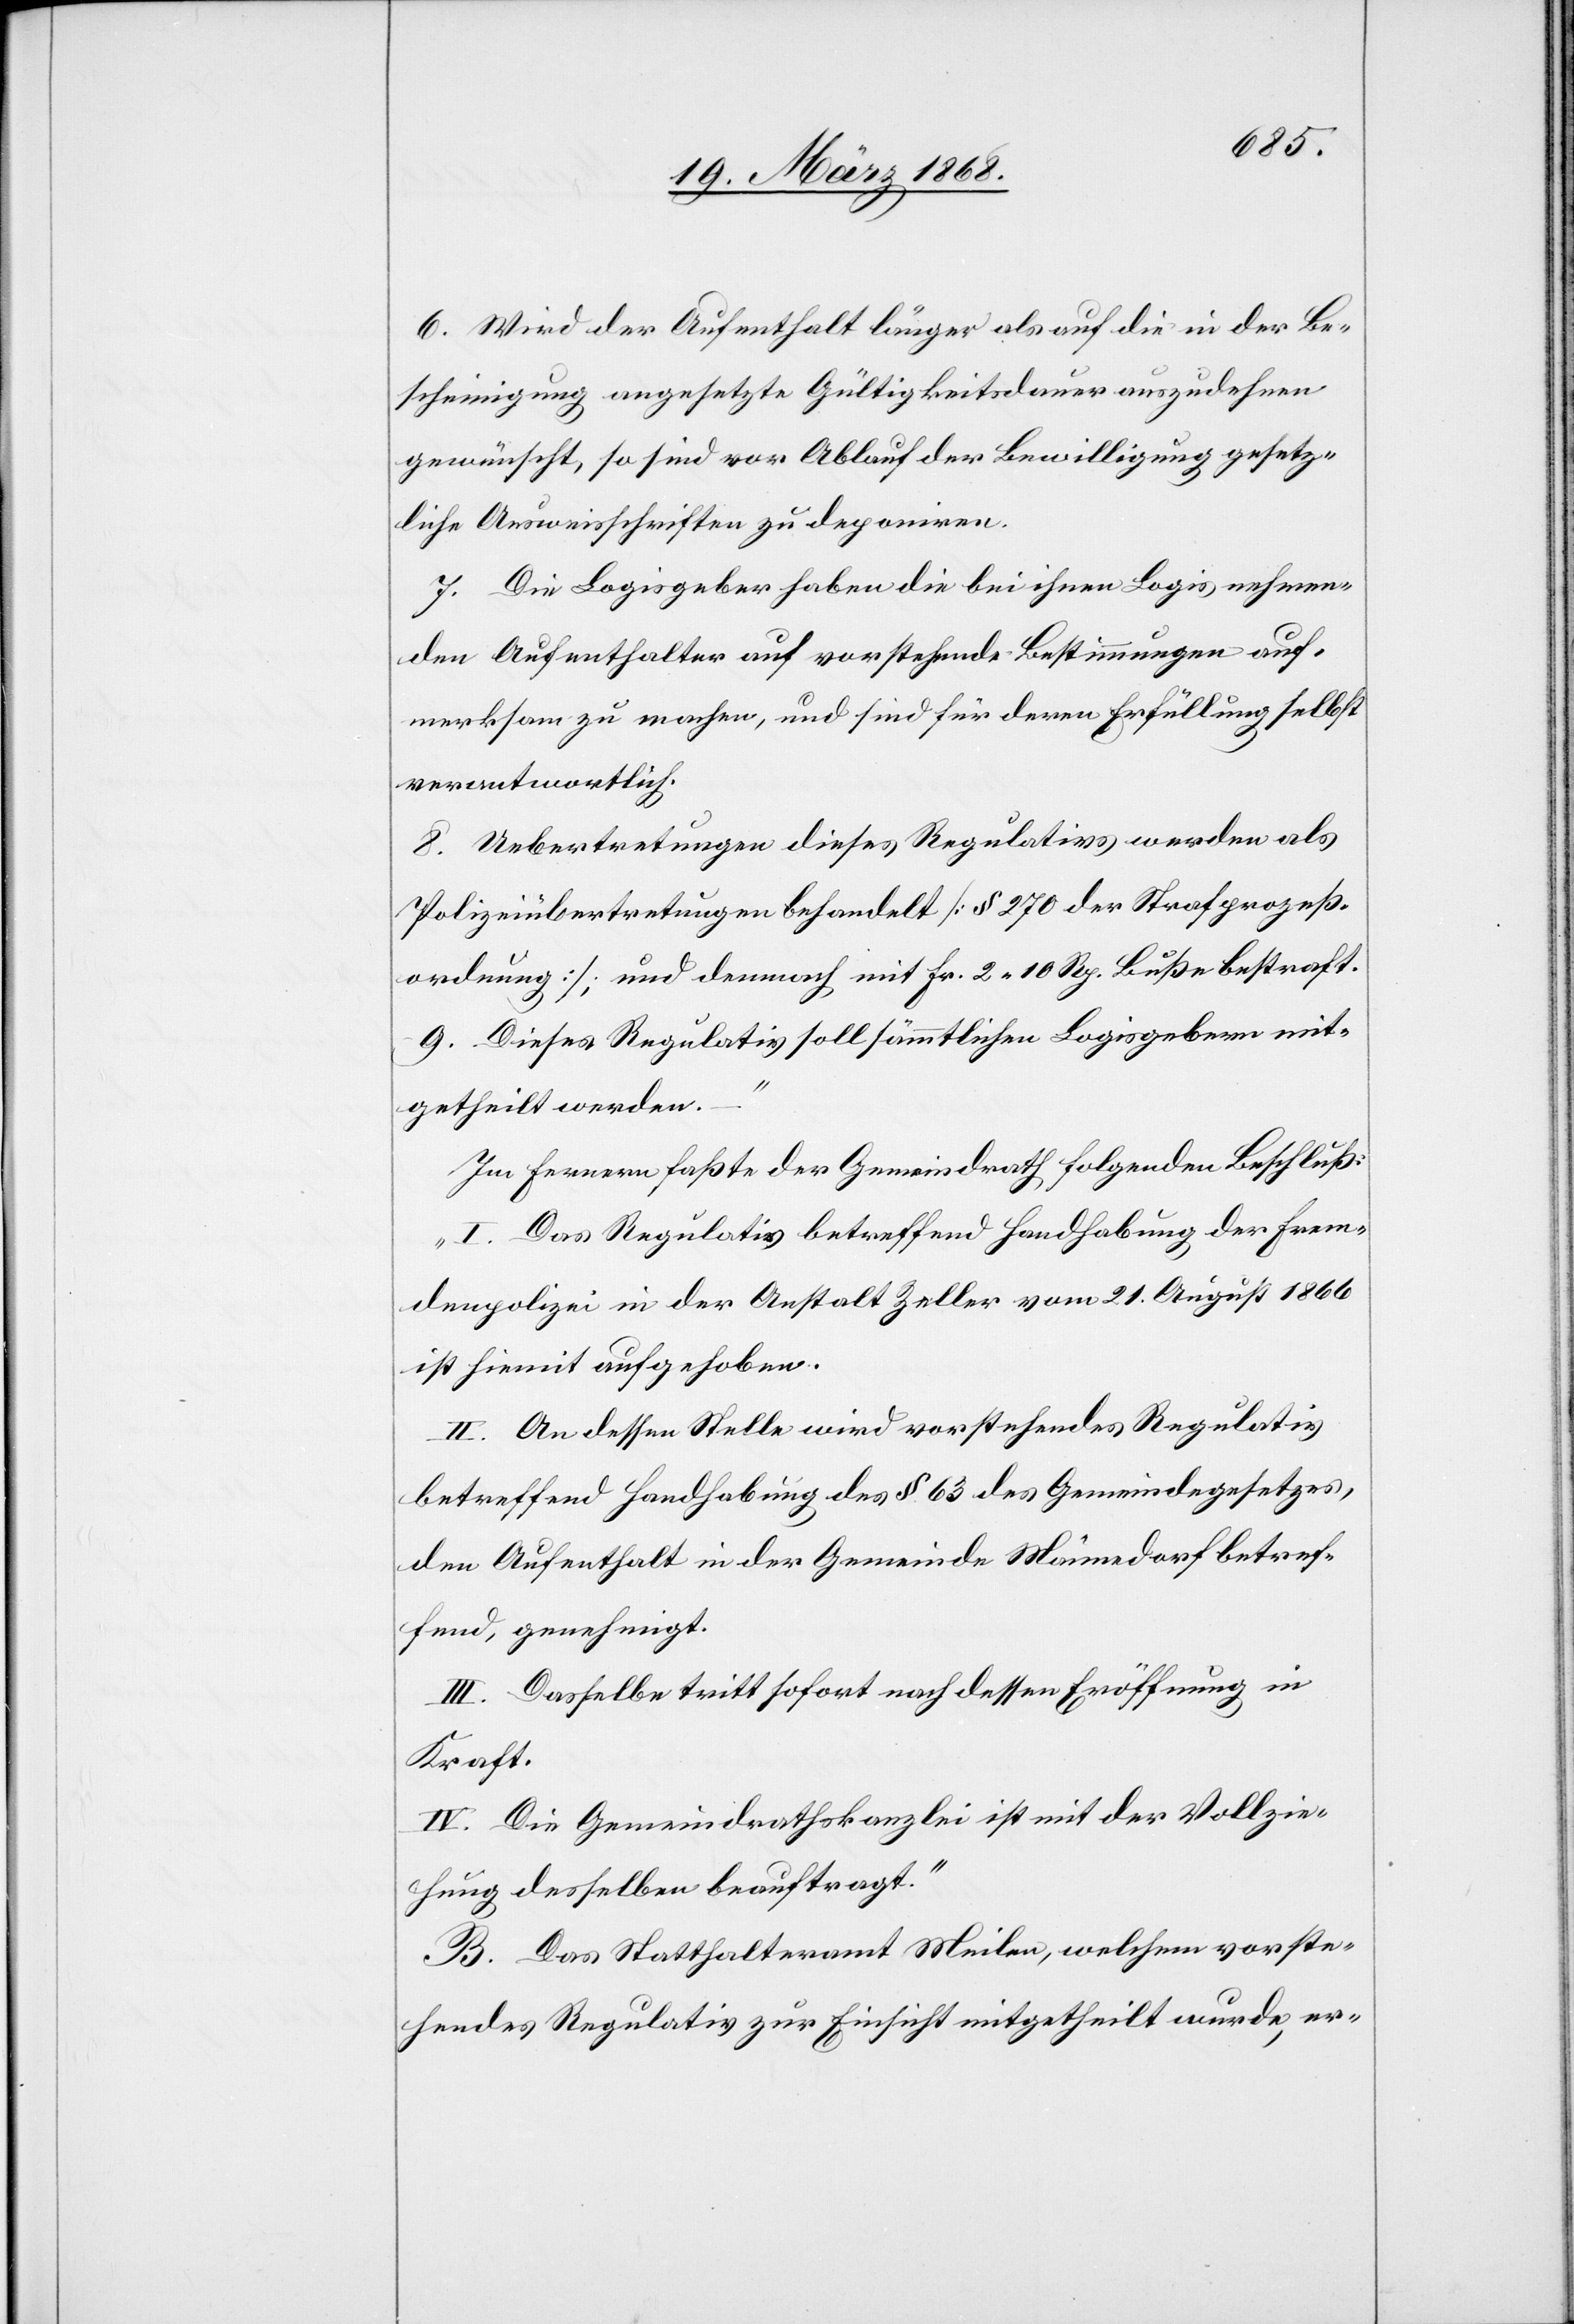
6. Wird der Aufenthalt länger als auf die in der Be¬
scheinigung angesetzte Gültigkeitsdauer auszudehnen
gewünscht, so sind vor Ablauf der Bewilligung gesetz¬
liche Ausweisschriften zu deponiren.
7. Die Logisgeber haben die bei ihnen Logis nehmen¬
den Aufenthalter auf vorstehende Bestimmungen auf¬
merksam zu machen, und sind für deren Erfüllung selbst
verantwortlich.
8. Uebertretungen dieses Regulativs werden als
Polizeiübertretungen behandelt [§ 270 der Strafprozeß¬
ordnung]; und demnach mit Fr. 2. 10 Rp. Buße bestraft.
9. Dieses Regulativ soll sämmtlichen Logisgebern mit¬
getheilt werden.
Im Fernern faßte der Gemeindrath folgenden Beschluß:
„I. Das Regulativ betreffend Handhabung der Frem¬
denpolizei in der Anstalt Zeller vom 21. August 1866
ist hiemit aufgehoben.
II. An dessen Stelle wird vorstehendes Regulativ
betreffend Handhabung des § 63 des Gemeindegesetzes,
den Aufenthalt in der Gemeinde Männedorf betref¬
fend, genehmigt.
III. Dasselbe tritt sofort nach dessen Eröffnung in
Kraft.
IV. Die Gemeindrathskanzlei ist mit der Vollzie¬
hung desselben beauftragt.“
B. Das Statthalteramt Meilen, welchem vorste¬
hendes Regulativ zur Einsicht mitgetheilt wurde, er-